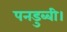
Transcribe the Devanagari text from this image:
पनडुब्‍बी।